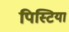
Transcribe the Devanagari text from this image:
पिस्टिया